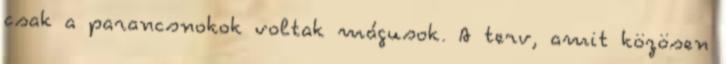
csak a parancsnokok voltak mágusok. A terv, amit közösen